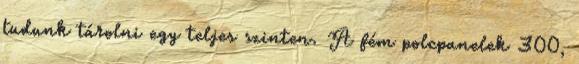
tudunk tárolni egy teljes szinten. A fém polcpanelek 300,